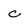
Character: c